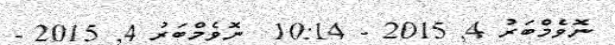
ނޮވެމްބަރު 4